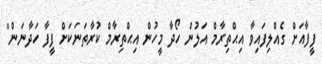
ފީފާއަށް ގެއްލިފައިވާ އިޙްތިރާމް އަލުން ހޯދާ މީހުން އިޙްތިރާމް ކުރާތަނަކަށް ފީފާ ހަދާނަން"